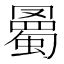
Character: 𧐰